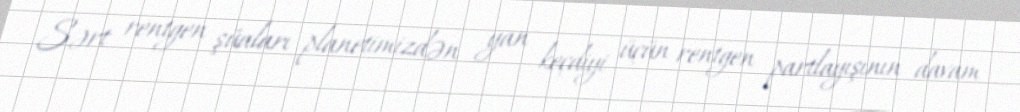
Sərt rentgen şüaları planetimizdən yan keçdiyi üçün rentgen partlayışının davam